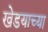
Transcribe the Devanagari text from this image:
खेडयाच्या